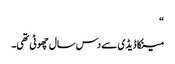
“
مینکا ڈیڈی سے دس سال چھوٹی تھی۔